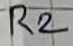
Text: R2